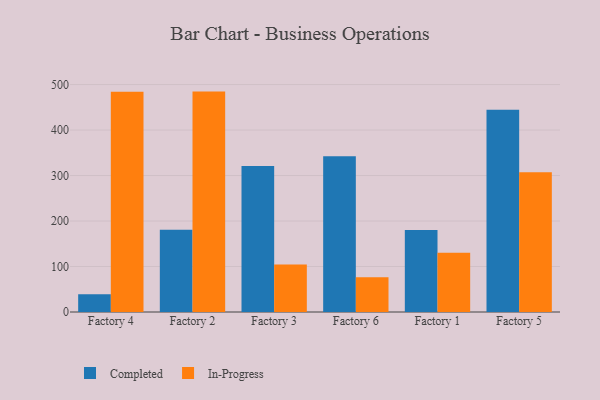
{"axis": {"x": "Factory", "y": "LTV (USD)"}, "legend": ["Completed", "In-Progress"], "data": [{"x": "Factory 4", "y": 39.2, "type": "Completed"}, {"x": "Factory 4", "y": 484.2, "type": "In-Progress"}, {"x": "Factory 2", "y": 180.8, "type": "Completed"}, {"x": "Factory 2", "y": 484.5, "type": "In-Progress"}, {"x": "Factory 3", "y": 321.0, "type": "Completed"}, {"x": "Factory 3", "y": 104.5, "type": "In-Progress"}, {"x": "Factory 6", "y": 342.2, "type": "Completed"}, {"x": "Factory 6", "y": 76.2, "type": "In-Progress"}, {"x": "Factory 1", "y": 180.1, "type": "Completed"}, {"x": "Factory 1", "y": 130.3, "type": "In-Progress"}, {"x": "Factory 5", "y": 444.4, "type": "Completed"}, {"x": "Factory 5", "y": 307.1, "type": "In-Progress"}]}